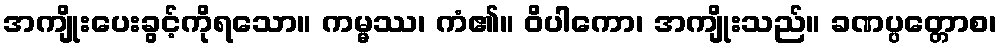
အကျိုးပေးခွင့်ကိုရသော။ ကမ္မဿ၊ ကံ၏။ ဝိပါကော၊ အကျိုးသည်။ ခဏပ္ပတ္တောစ၊